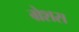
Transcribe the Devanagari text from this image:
ग्रेशस